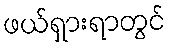
ဖယ်ရှားရာတွင်